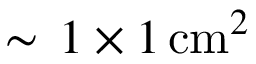
\sim \, 1 \times 1 \, \mathrm { c m } ^ { 2 }